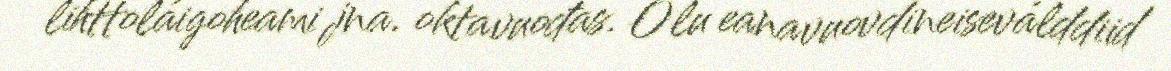
lihttoláigoheami jna. oktavuođas. Olu eanavuovdineiseválddiid